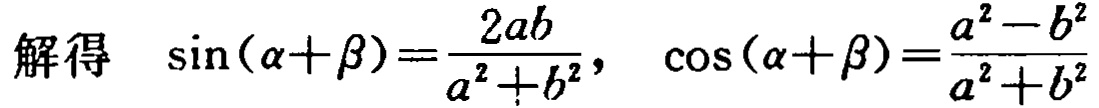
解得 \(\sin(\alpha+\beta)=\frac{2ab}{a^{2}+b^{2}}\)， \(\cos(\alpha+\beta)=\frac{a^{2}-b^{2}}{a^{2}+b^{2}}\)